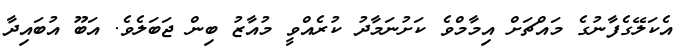
އެކަލޭގެފާނުގެ މައްޗަށް އިމާމްވެ ކަށުނަމާދު ކުރެއްވީ މުއާޒު ބިން ޖަބަލެވެ. އަބޫ އުބައިދާ